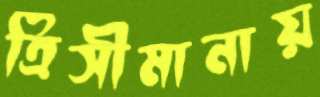
ত্রিসীমানায়